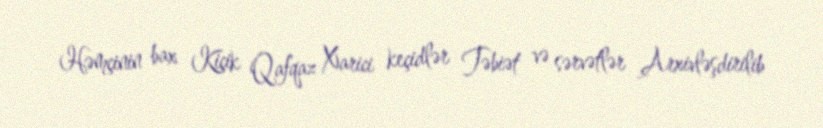
Həmçinin bax Kiçik Qafqaz Xarici keçidlər Təbiət və sərvətlər Arxivləşdirilib